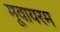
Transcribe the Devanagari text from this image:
मूवायरम